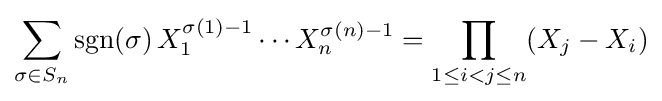
\sum _{\sigma \in S_{n}}\operatorname {sgn}(\sigma )\,X_{1}^{\sigma (1)-1}\cdots X_{n}^{\sigma (n)-1}=\prod _{1\leq i<j\leq n}(X_{j}-X_{i})